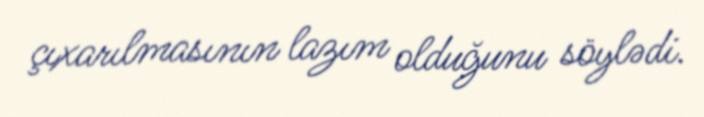
çıxarılmasının lazım olduğunu söylədi.